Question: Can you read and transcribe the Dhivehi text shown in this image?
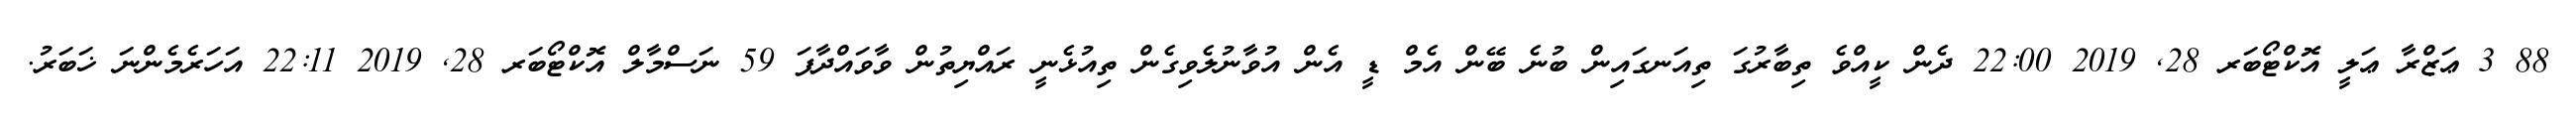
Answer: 88 3 ޢަޒްރާ ޢަލީ އޮކްޓޯބަރ 28, 2019 22:00 ދެން ކީއްވެ ތިބާރުގަ ތިއަނގައިން ބުނެ ބޭން އެމް ޑީ އެން އުވާނުލެވިގެން ތިއުޅެނީ ރައްޔިތުން ވާވައްދާފަ 59 ނަސްމާލް އޮކްޓޯބަރ 28, 2019 22:11 އަހަރެމެންނަ ޚަބަރު.